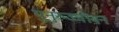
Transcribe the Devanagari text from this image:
पुनुरुज्जीवन